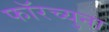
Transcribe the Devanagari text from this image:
फॉरच्युना